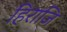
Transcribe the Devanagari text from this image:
हिराजि